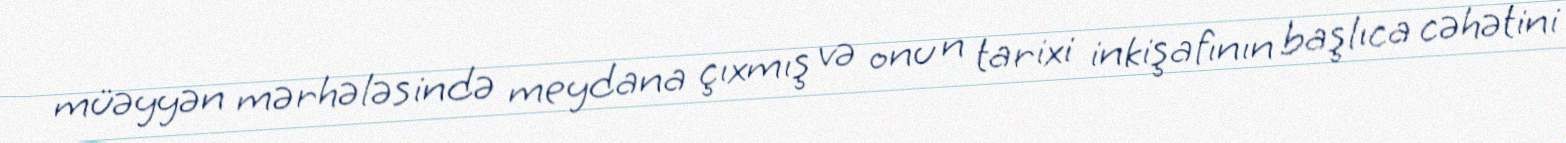
müəyyən mərhələsində meydana çıxmış və onu n tarixi inkişafının başlıca cəhətini